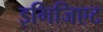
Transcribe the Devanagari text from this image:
इमिजिएट